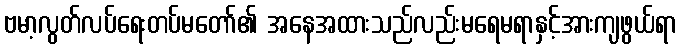
ဗမာ့လွတ်လပ်ရေးတပ်မတော်၏ အနေအထားသည်လည်းမရေမရာနှင့်အားကျဖွယ်ရာ